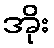
အိုး